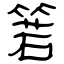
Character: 箬